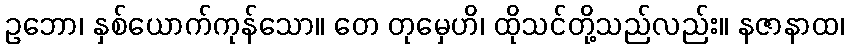
ဥဘော၊ နှစ်ယောက်ကုန်သော။ တေ တုမှေဟိ၊ ထိုသင်တို့သည်လည်း။ နဇာနာထ၊